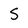
Character: S